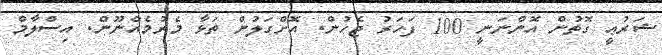
ޝަރުޢީ ގޮތުން އޮންނަނީ 100 ފަހަރު ޖެހުން. އޮށްގަލުން ތަޅާ މެރުމެއްނޫން. އިސްލާމް